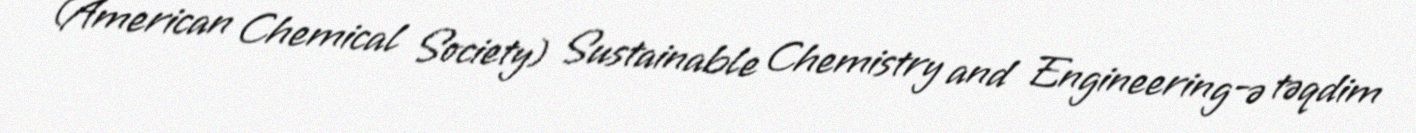
(American Chemical Society) Sustainable Chemistry and Engineering-ə təqdim